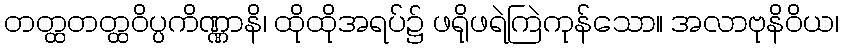
တတ္ထတတ္ထဝိပ္ပကိဏ္ဏာနိ၊ ထိုထိုအရပ်၌ ဖရိုဖရဲကြဲကုန်သော။ အလာဗုနိဝိယ၊